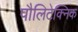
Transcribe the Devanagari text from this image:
पौलिटेक्निक